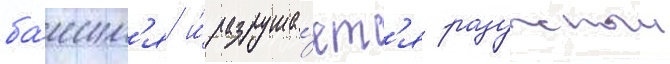
ба́шн'я и́ разруша́етс'я радужныи